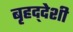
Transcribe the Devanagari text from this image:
बृहद्‌देशी